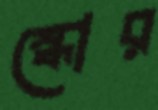
স্কোর